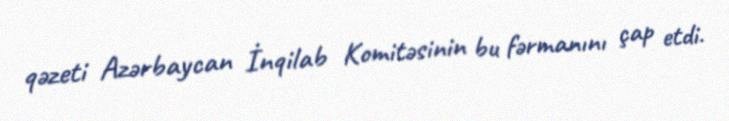
qəzeti Azərbaycan İnqilab Komitəsinin bu fərmanını çap etdi.